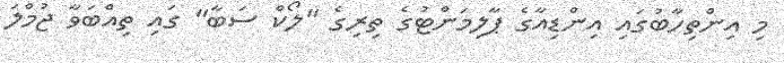
މި އިންތިހާބުގައި އިންޑިއާގެ ޕާލިމަންޓުގެ ތިރިގެ "ލޯކް ސަބާ" ގައި ތިއްބަވާ ޖުމްލަ